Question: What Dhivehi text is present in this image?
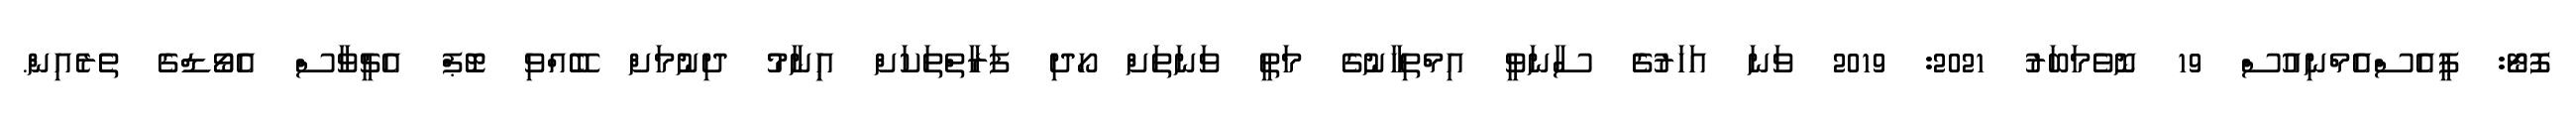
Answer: ފޮޓޯ: ޕީއެސްއެމްނިއުސް 19 ނޮވެމަބަރު 2021: 2019 ވަނަ އަހަރުގެެ ސާނަވީ އިމްތިހާނުގެ މަތީ ވަނަތަށް ހޯދި ފަރާތްތަކަށް އިިނާމު ދިނުމަށް ބޭއްވި ޓޮޕް އެޗީވާސް އެވޯޑްގެ ތެރެއިން.